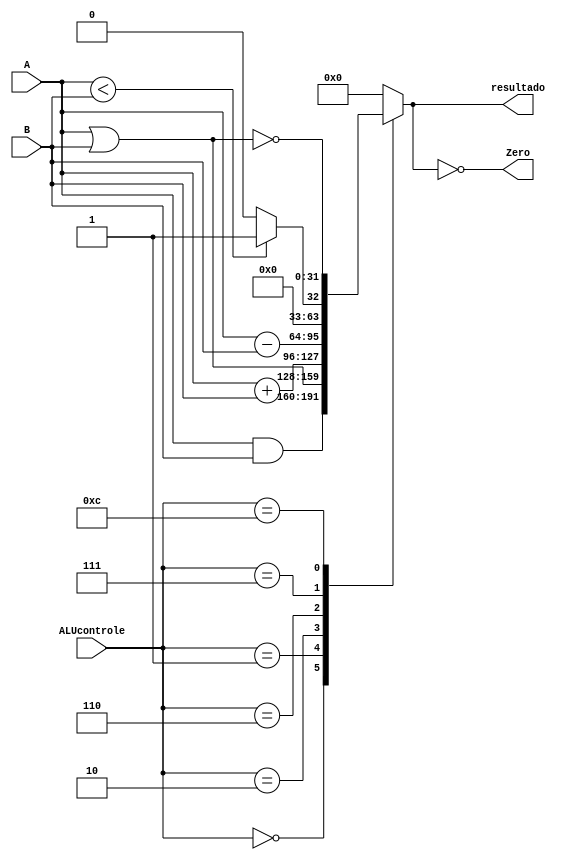
module alu (ALUcontrole, A, B, resultado, Zero);
	input [3:0] ALUcontrole;
	input [31:0] A, B;
	output reg [31:0] resultado;
	output Zero;
	
	assign Zero = (resultado==0); //Zero  verdade se resultado  0
	always @(ALUcontrole, A, B)
		case (ALUcontrole)
		0: resultado = A & B;
		1: resultado = A | B;
		2: resultado = A + B;
		6: resultado = A - B;
		7: resultado = A < B ? 1:0; //slt
		12: resultado = ~(A | B); // resultado  nor		
		default: resultado <= 0; //default to 0, should not happen;
	endcase
endmodule

/*
module simulaalu();
	reg [31:0] valor1, valor2;
	reg [3:0] alucontrole;
	wire [31:0] result;
	wire zero;
	
	alu inst(alucontrole, valor1, valor2, result, zero);
	
	initial begin
		$dumpfile("teste.vcd");
		$dumpvars;
		
		   valor1 = 40; valor2 = 40; alucontrole = 2;  //soma
		#4 valor1 = 40; valor2 = 40; alucontrole = 6;  //subtracao
		#4 valor1 = 40; valor2 = 40; alucontrole = 0;  //and
		#4 valor1 = 40; valor2 = 40; alucontrole = 1;  //or
		#4 valor1 = 40; valor2 = 40; alucontrole = 7;  //slt
		#4 valor1 = 40; valor2 = 12; alucontrole = 2;  //soma
		#4 valor1 = 55; valor2 = 40; alucontrole = 6;  //subtracao
		#4 valor1 = 40; valor2 = 39; alucontrole = 0;  //and
		#4 valor1 = 40; valor2 = 35; alucontrole = 1;  //or
		#4 valor1 = 40; valor2 = 50; alucontrole = 7;  //slt
		
		#3 $finish;
	end
endmodule
*/